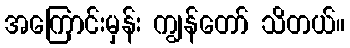
အကြောင်းမှန်း ကျွန်တော် သိတယ်။